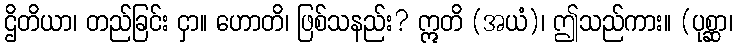
ဌိတိယာ၊ တည်ခြင်း ငှာ။ ဟောတိ၊ ဖြစ်သနည်း? ဣတိ (အယံ)၊ ဤသည်ကား။ (ပုစ္ဆာ၊